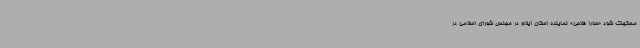
مستهلک شود «سارا فلاحی» نماینده استان ایلام در مجلس شورای اسلامی در